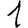
Digit: 1